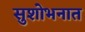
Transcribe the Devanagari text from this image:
सुशोभनात